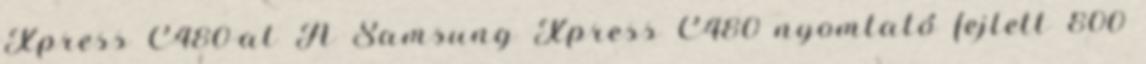
Xpress C480-al A Samsung Xpress C480 nyomtató fejlett 800